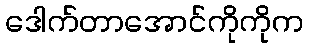
ဒေါက်တာအောင်ကိုကိုက